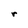
Character: r